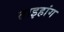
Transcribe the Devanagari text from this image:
ताइहांग